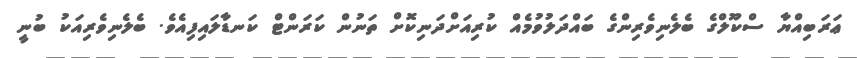
ޢަރަބިއްޔާ ސްކޫލްގެ ބެލެނިވެރިންގެ ބައްދަލުވުމެއް ކުރިއަށްދަނިކޮށް ތަނުން ކަރަންޓް ކަނޑާލައިފިއެވެ. ބެލެނިވެރިއަކު ބުނީ